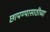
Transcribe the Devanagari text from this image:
छापण्यासाठीच्या